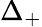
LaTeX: \Delta_{+}